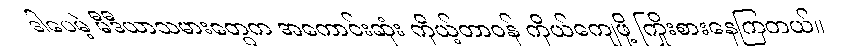
ဒါပေမဲ့ မီဒီယာသမားတွေက အကောင်းဆုံး ကိုယ့်တာဝန် ကိုယ်ကျေဖို့ ကြိုးစားနေကြတယ်။